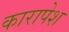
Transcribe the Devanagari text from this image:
कारापेश